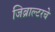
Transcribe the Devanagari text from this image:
जिब्राल्टरचे